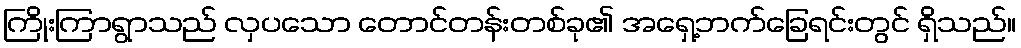
ကြိုးကြာရွာသည် လှပသော တောင်တန်းတစ်ခု၏ အရှေ့ဘက်ခြေရင်းတွင် ရှိသည်။